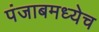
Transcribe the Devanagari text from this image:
पंजाबमध्येच